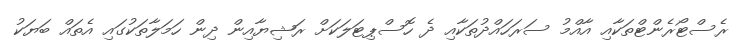
ރެސްޓޯރެންޓްތަކާއި އާއްމު ސަރަހައްދުތަކާއި ދެ ހޮސްޕިޓަލަކަށް ރަޝިޔާއިން ދިން ހަމަލާތަކުގައި އެތައް ބަޔަކު